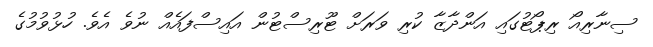
ސިނާރިއޯ ރިޕޯޓުގައި އަންދާޒާ ކުރި ވަރަށް ޓޫރިސްޓުން އައިސްފައެއް ނުވެ އެވެ. ހުޅުވުމުގެ